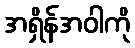
အရှိန်အဝါကို